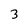
Character: 3